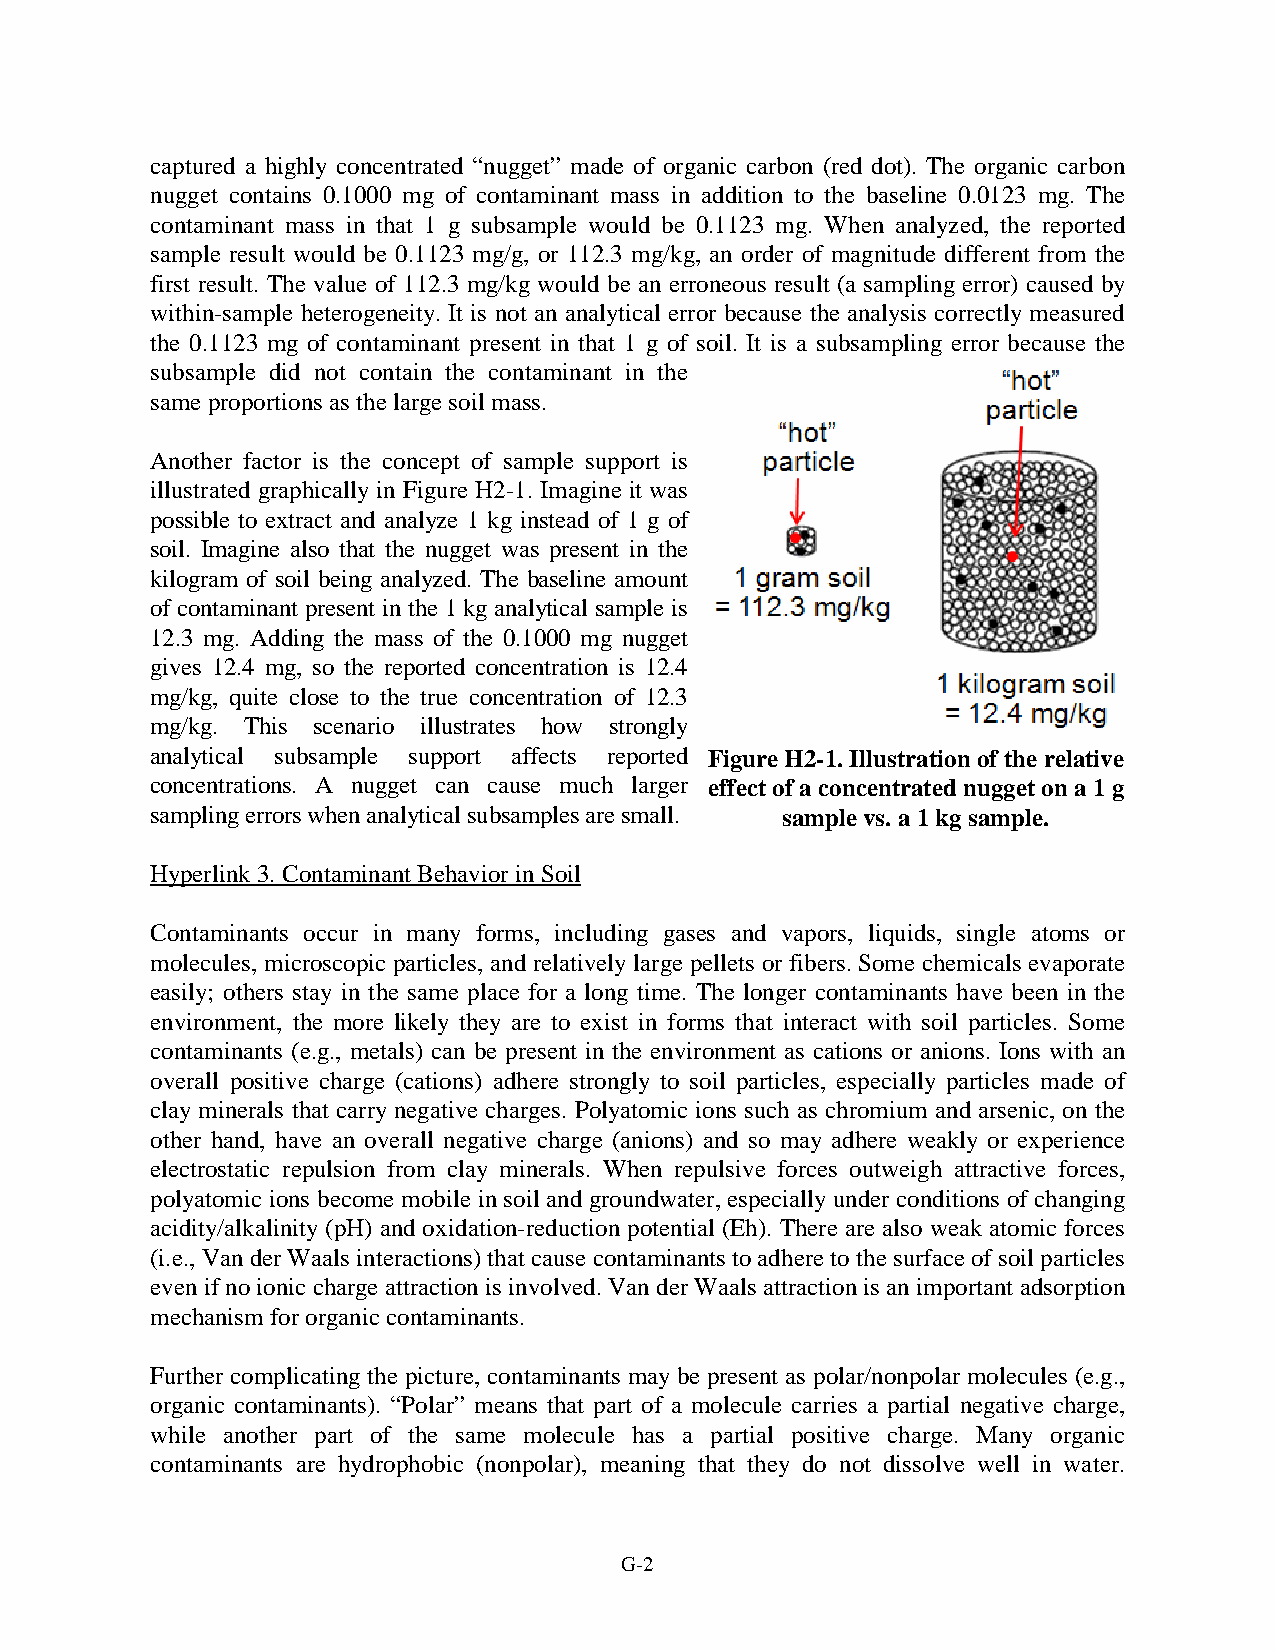
captured a highly concentrated “nugget” made of organic carbon (red dot). The organic carbon
 nugget contains 0.1000 mg of contaminant mass in addition to the baseline 0.0123 mg. The
 contaminant mass in that 1 g subsample would be 0.1123 mg. When analyzed, the reported
 sample result would be 0.1123 mg/g, or 112.3 mg/kg, an order of magnitude different from the
 first result. The value of 112.3 mg/kg would be an erroneous result (a sampling error) caused by
 within-sample heterogeneity. It is not an analytical error because the analysis correctly measured
 the 0.1123 mg of contaminant present in that 1 g of soil. It is a subsampling error because the
 subsample did not contain the contaminant in the
 same proportions as the large soil mass.
 Another factor is the concept of sample support is
 illustrated graphically in Figure H2-1. Imagine it was
 possible to extract and analyze 1 kg instead of 1 g of
 soil. Imagine also that the nugget was present in the
 kilogram of soil being analyzed. The baseline amount
 of contaminant present in the 1 kg analytical sample is
 12.3 mg. Adding the mass of the 0.1000 mg nugget
 gives 12.4 mg, so the reported concentration is 12.4
 mg/kg, quite close to the true concentration of 12.3
 mg/kg. This scenario illustrates how strongly
 analytical subsample support affects reported Figure H2-1. Illustration of the relative
 concentrations. A nugget can cause much larger effect of a concentrated nugget on a 1 g
 sampling errors when analytical subsamples are small. sample vs. a 1 kg sample.
 Hyperlink 3. Contaminant Behavior in Soil
 Contaminants occur in many forms, including gases and vapors, liquids, single atoms or
 molecules, microscopic particles, and relatively large pellets or fibers. Some chemicals evaporate
 easily; others stay in the same place for a long time. The longer contaminants have been in the
 environment, the more likely they are to exist in forms that interact with soil particles. Some
 contaminants (e.g., metals) can be present in the environment as cations or anions. Ions with an
 overall positive charge (cations) adhere strongly to soil particles, especially particles made of
 clay minerals that carry negative charges. Polyatomic ions such as chromium and arsenic, on the
 other hand, have an overall negative charge (anions) and so may adhere weakly or experience
 electrostatic repulsion from clay minerals. When repulsive forces outweigh attractive forces,
 polyatomic ions become mobile in soil and groundwater, especially under conditions of changing
 acidity/alkalinity (pH) and oxidation-reduction potential (Eh). There are also weak atomic forces
 (i.e., Van der Waals interactions) that cause contaminants to adhere to the surface of soil particles
 even if no ionic charge attraction is involved. Van der Waals attraction is an important adsorption
 mechanism for organic contaminants.
 Further complicating the picture, contaminants may be present as polar/nonpolar molecules (e.g.,
 organic contaminants). “Polar” means that part of a molecule carries a partial negative charge,
 while another part of the same molecule has a partial positive charge. Many organic
 contaminants are hydrophobic (nonpolar), meaning that they do not dissolve well in water.
 G-2